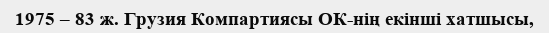
1975 – 83 ж. Грузия Компартиясы ОК-нің екінші хатшысы,